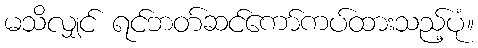
မသိလျှင် ရင်ဘတ်ဆင်ကော်ကပ်ထားသည့်ပုံ။